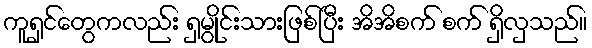
ကူရှင်တွေကလည်း ရှမွိုင်းသားဖြစ်ပြီး အိအိစက် စက် ရှိလှသည်။